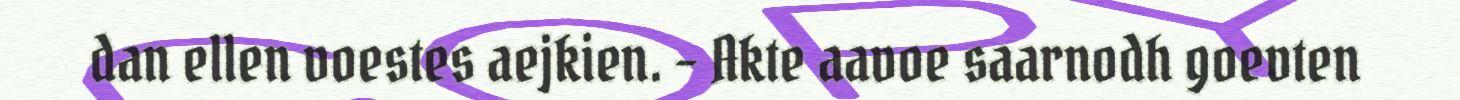
dan ellen voestes aejkien. – Akte aavoe saarnodh goevten